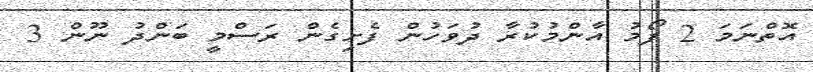
އޮތްނަމަ 2 ފޯމު އާންމުކުރާ ދުވަހުން ފެށިގެން ރަސްމީ ބަންދު ނޫން 3